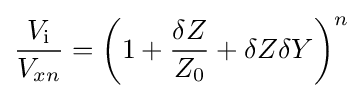
{\frac {V_{\mathrm {i} }}{V_{xn}}}=\left(1+{\frac {\delta Z}{Z_{0}}}+\delta Z\delta Y\right)^{n}